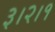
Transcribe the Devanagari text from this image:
३।२।१